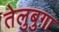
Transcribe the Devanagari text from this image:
तेलुबुग़ा